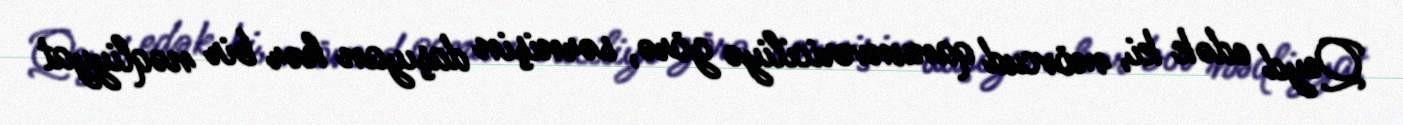
Qeyd edək ki, mövcud qanunvericiliyə görə, sərnişin daşıyan hər bir nəqliyyat